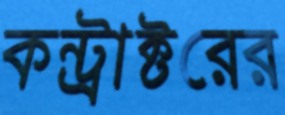
কন্ট্রাক্টরের